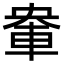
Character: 𮝈